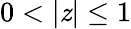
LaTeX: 0<|\mathit{z}|\leq1